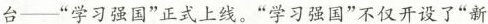
台——”学习强国”正式上线。”学习强国”不仅开设了”新